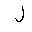
Letter: _lam